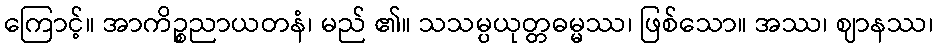
ကြောင့်။ အာကိဉ္စညာယတနံ၊ မည် ၏။ သသမ္ပယုတ္တဓမ္မဿ၊ ဖြစ်သော။ အဿ၊ ဈာနဿ၊